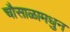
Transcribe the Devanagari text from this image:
चौसाळामधुन